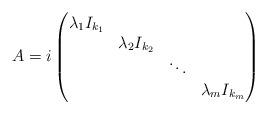
LaTeX: \begin{align*}A=i\begin{pmatrix}\lambda_1I_{k_1} & & & \\ & \lambda_2I_{k_2} & & \\ & & \ddots & \\ & & & \lambda_mI_{k_m} \\\end{pmatrix}\end{align*}